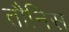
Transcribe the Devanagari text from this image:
तौनिस